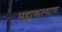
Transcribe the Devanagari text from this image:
महाकल्याण